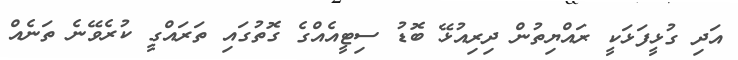
އަދި ގުޅީފަޅަކީ ރައްޔިތުން ދިރިއުޅޭ ބޮޑު ސިޓީއެއްގެ ގޮތުގައި ތަރައްގީ ކުރެވޭނެ ތަނެއް